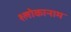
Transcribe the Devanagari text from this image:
श्लोकानाम